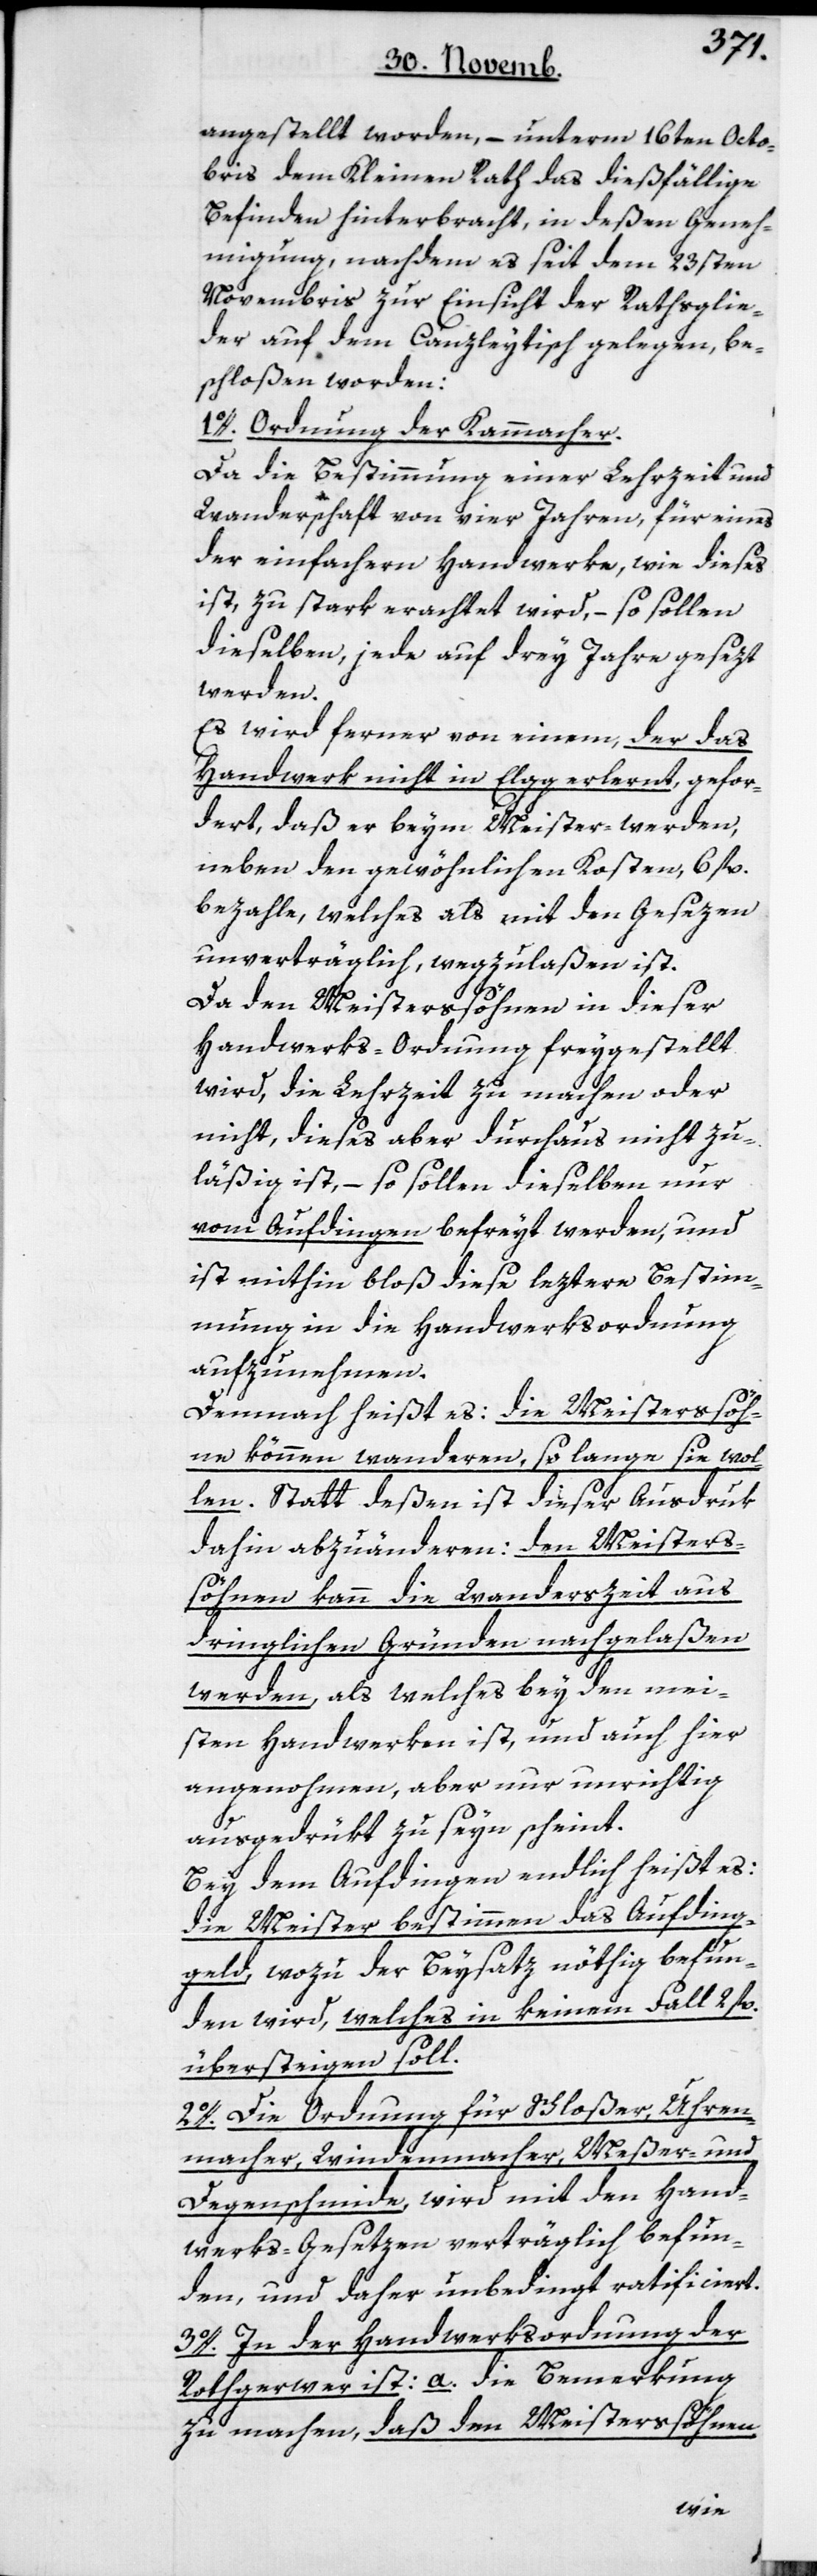
angestellt worden, – unterm 16ten Octo¬
bris dem Kleinen Rath das dießfällige
Befinden hinterbracht, in deßen Geneh¬
migung, nachdem es seit dem 23sten
Novembris zur Einsicht der Rathsglie¬
der auf dem Canzleytisch gelegen, be¬
schloßen worden:
1o. Ordnung der Kammacher.
Da die Bestimmung einer Lehrzeit und
Wanderschaft von vier Jahren, für eines
der einfachern Handwerke, wie dieses
ist, zu stark erachtet wird, – so sollen
dieselben, jede auf drey Jahre gesezt
werden.
Es wird ferner von einem, der das
Handwerk nicht in Elgg erlernt, gefor¬
dert, daß er beym Meister-werden,
neben den gewöhnlichen Kosten, 6 fl.
bezahle, welches als mit den Gesezen
unverträglich, wegzulaßen ist.
Da den Meistersöhnen in dieser
Handwerks-Ordnung freygestellt
wird, die Lehrzeit zu machen oder
nicht, dieses aber durchaus nicht zu¬
läßig ist, – so sollen dieselben nur
vom Aufdingen befreyt werden, und
ist mithin bloß diese letztere Bestim¬
mung in die Handwerksordnung
aufzunehmen.
Demnach heißt es: die Meistersöh¬
ne können wanderen so lange sie wol¬
len. Statt deßen ist dieser Ausdruk
dahin abzuänderen: den Meisters¬
söhnen kann die Wanderszeit aus
dringlichen Gründen nachgelaßen
werden, als welches bey den mei¬
sten Handwerken ist, und auch hier
angenohmen, aber nur unrichtig
ausgedrükt zu seyn scheint.
Bey dem Aufdingen endlich heißt es:
die Meister bestimmen das Aufding¬
geld, wozu der Beysatz nöthig befun¬
den wird, welches in keinem Fall 2 fl.
übersteigen soll.
2o. Die Ordnung für Schloßer, Uhren¬
macher, Windenmacher, Meßer- und
Degenschmide, wird mit den Hand¬
werks-Gesetzen verträglich befun¬
den, und daher unbedingt ratificiert.
3o. In der Handwerksordnung der
Rothgerwer ist: a) die Bemerkung
zu machen, daß den Meistersöhnen,